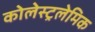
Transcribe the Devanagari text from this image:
कोलेस्ट्रलेमिक